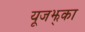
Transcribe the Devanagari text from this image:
यूजझ्‌का